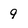
Character: 9